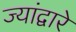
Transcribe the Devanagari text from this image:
ज्यांद्वारे